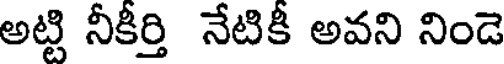
అట్టి నీకీర్తి నేటికీ అవని నిండె